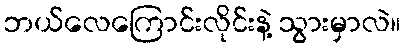
ဘယ်လေကြောင်းလိုင်းနဲ့ သွားမှာလဲ။